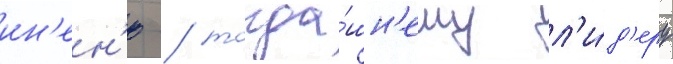
ин'ен'ю / тогда́шн'ему л'и́д'еру